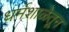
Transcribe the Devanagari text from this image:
धर्मशाळेतून